Annual report of the Imperial Bacteriologist
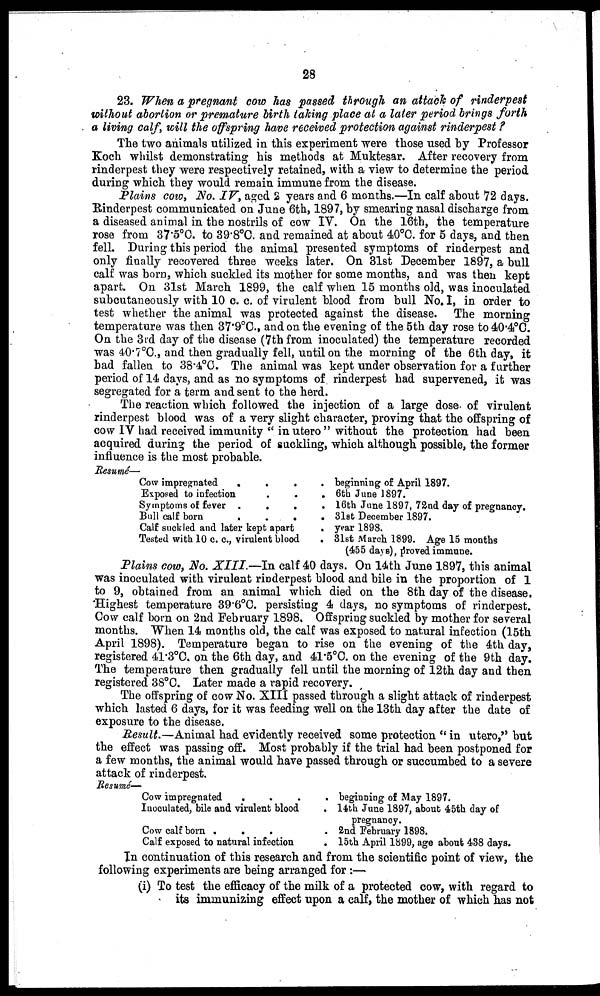
28
23. When a pregnant cow has passed through an attack of rinderpest
without abortion or premature birth taking place at a later period brings forth
a living calf, will the offspring have received protection against rinderpest ?
The two animals utilized in this experiment were those used by Professor
Koch whilst demonstrating his methods at Muktesar. After recovery from
rinderpest they were respectively retained, with a view to determine the period
during which they would remain immune from the disease.
Plains cow, No. IV, aged 2 years and 6 months.—In calf about 72 days.
Rinderpest communicated on June 6th, 1897, by smearing nasal discharge from
a diseased animal in the nostrils of cow IV. On the 16th, the temperature
rose from 37.5°C. to 39.8°C. and remained at about 40°C. for 5 days, and then
fell. During this period the animal presented symptoms of rinderpest and
only finally recovered three weeks later. On 31st December 1897, a bull
calf was born, which suckled its mother for some months, and was then kept
apart. On 31st March 1899, the calf when 15 months old, was inoculated
subcutaneously with 10 c. c. of virulent blood from bull No. I, in order to
test whether the animal was protected against the disease. The morning
temperature was then 37.9°C., and on the evening of the 5th day rose to 40.4°C.
On the 3rd day of the disease (7th from inoculated) the temperature recorded
was 40.7°C., and then gradually fell, until on the morning of the 6th day, it
had fallen to 38.4°C. The animal was kept under observation for a further
period of 14 days, and as no symptoms of rinderpest had supervened, it was
segregated for a term and sent to the herd.
The reaction which followed the injection of a large dose of virulent
rinderpest blood was of a very slight character, proving that the offspring of
cow IV had received immunity "in utero" without the protection had been
acquired during the period of suckling, which although possible, the former
influence is the most probable.
Resumé—
Cow impregnated
Exposed to infection
Symptoms of fever
Bull calf born
.
.
.
.
.
.
.
.
.
.
.
.
Calf suckled and later kept apart
Tested with 10 c. c., virulent blood
.
.
.
.
.
.
beginning of April 1897.
6th June 1897.
16th June 1897, 72nd day of pregnancy.
31st December 1897.
year 1898.
31st March 1899. Age 15 months
(455 days), proved immune.
Plains cow, No. XIII.—In calf 40 days. On 14th June 1897, this animal
was inoculated with virulent rinderpest blood and bile in the proportion of 1
to 9, obtained from an animal which died on the 8th day of the disease.
Highest temperature 39.6°C. persisting 4 days, no symptoms of rinderpest.
Cow calf born on 2nd February 1898. Offspring suckled by mother for several
months. When 14 months old, the calf was exposed to natural infection (15th
April 1898). Temperature began to rise on the evening of the 4th day,
registered 41.3°C. on the 6th day, and 41.5°C. on the evening of the 9th day.
The temperature then gradually fell until the morning of 12th day and then
registered 38°C. Later made a rapid recovery.
The offspring of cow No. XIII passed through a slight attack of rinderpest
which lasted 6 days, for it was feeding well on the 13th day after the date of
exposure to the disease.
Result.—Animal had evidently received some protection "in utero," but
the effect was passing off. Most probably if the trial had been postponed for
a few months, the animal would have passed through or succumbed to a severe
attack of rinderpest.
Resumé— Cow impregnated
.
.
.
Inoculated, bile and virulent blood
Cow calf born .
.
.
Calf exposed to natural infection
.
.
.
.
.
.
beginning of May 1897.
14th June 1897, about 45th day of
pregnancy.
2nd February 1898.
15th April 1899, age about 438 days.
In continuation of this research and from the scientific point of view, the
following experiments are being arranged for :—
(i) To test the efficacy of the milk of a protected cow, with regard to
its immunizing effect upon a calf, the mother of which has not